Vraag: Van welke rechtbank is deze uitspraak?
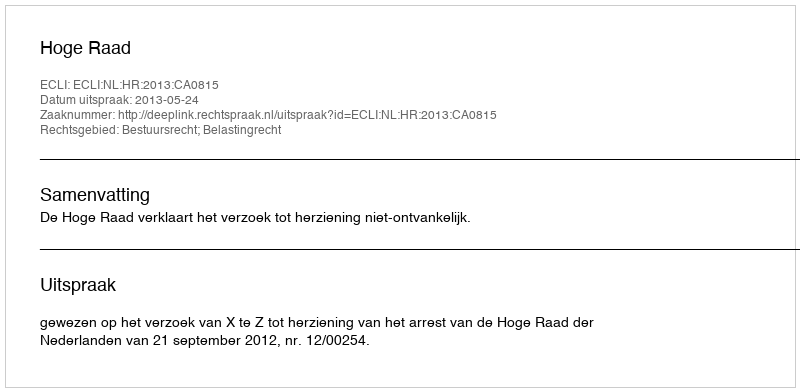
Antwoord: Hoge Raad